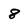
Character: 8